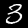
Digit: 3